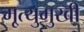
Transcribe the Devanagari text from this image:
मृ्त्युमुखी